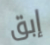
إبق